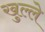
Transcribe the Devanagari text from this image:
खुल्ले